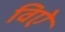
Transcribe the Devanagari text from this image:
विऐ